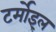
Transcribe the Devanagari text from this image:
टर्मोइल